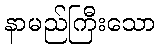
နာမည်ကြီးသော